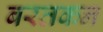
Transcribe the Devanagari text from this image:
बरतकन